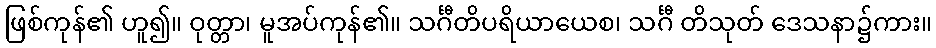
ဖြစ်ကုန်၏ ဟူ၍။ ဝုတ္တာ၊ မူအပ်ကုန်၏။ သင်္ဂီတိပရိယာယေစ၊ သင်္ဂီ တိသုတ် ဒေသနာ၌ကား။